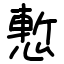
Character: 慙